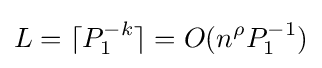
L=\lceil P_{1}^{-k}\rceil =O(n^{\rho }P_{1}^{-1})